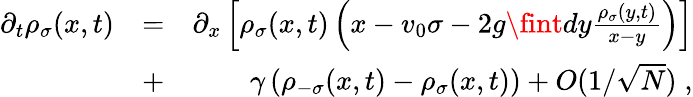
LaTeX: \begin{array}{rlr}{\partial_{t}\rho_{\sigma}(x,t)}&{=}&{\partial_{x}\left[\rho_{\sigma}(x,t)\left(x-v_{0}\sigma-2g\fint dy\frac{\rho_{\sigma}(y,t)}{x-y}\right)\right]}\\ &{+}&{\gamma\left(\rho_{-\sigma}(x,t)-\rho_{\sigma}(x,t)\right)+O(1/\sqrt{N})\; ,}\end{array}